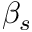
\beta _ { s }